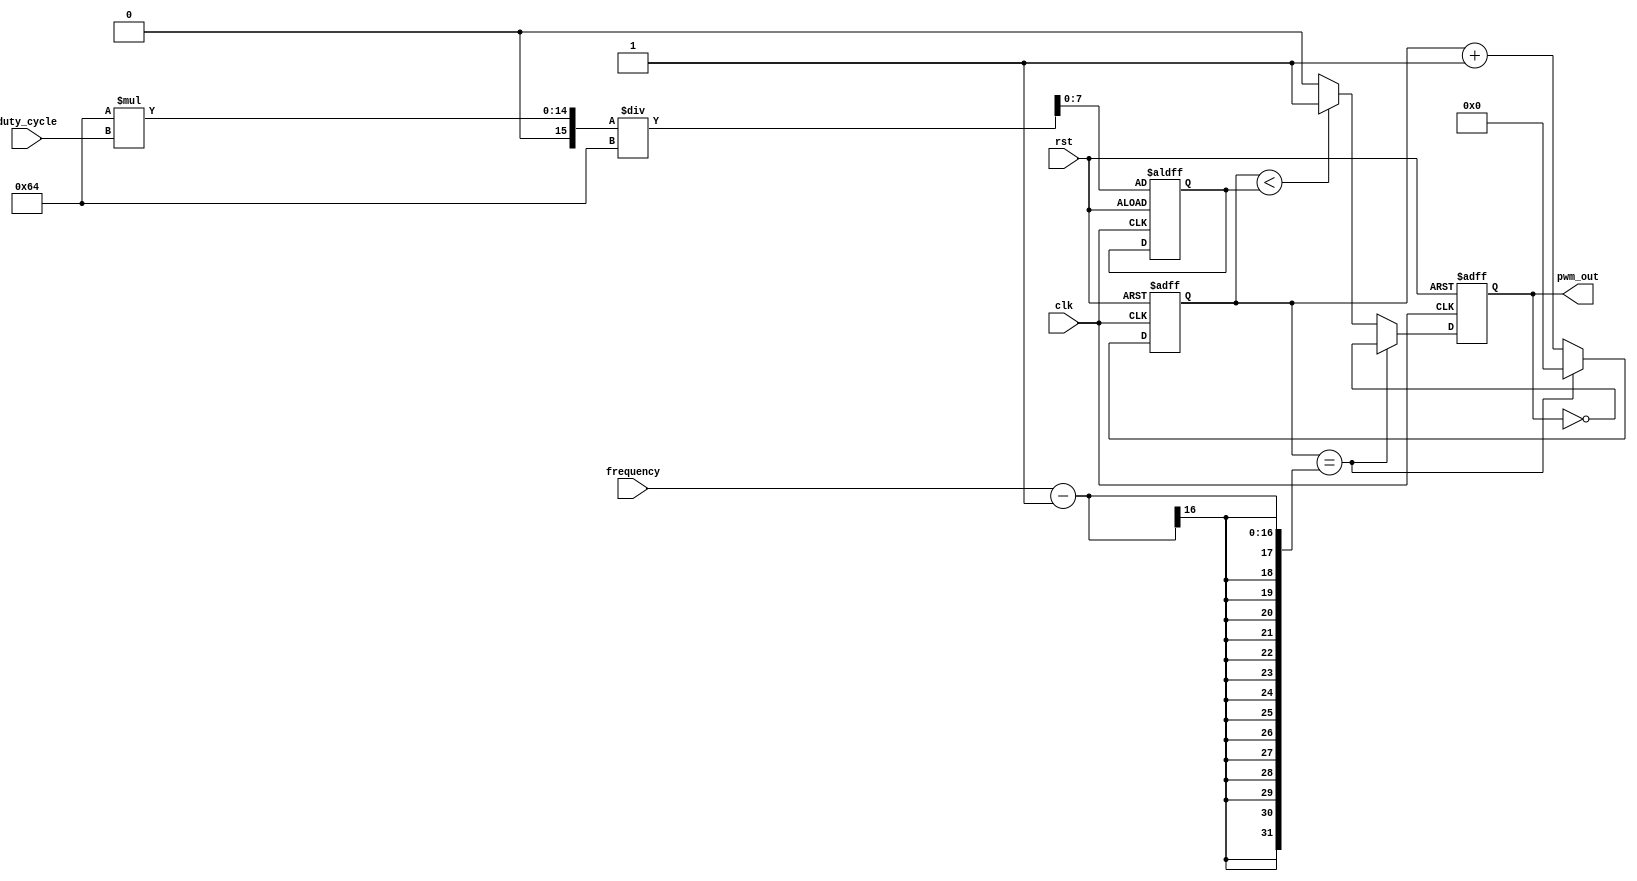
module PWM_gen (
    input wire clk,
    input wire rst,
    input wire [7:0] duty_cycle, // Duty cycle in percentage
    input wire [15:0] frequency, // PWM frequency
    output reg pwm_out
);

reg [15:0] counter;
reg [7:0] threshold;

always @ (posedge clk or posedge rst) begin
    if (rst) begin
        counter <= 16'd0;
        threshold <= (16'd100 * duty_cycle) / 8'd100;
        pwm_out <= 1'b0;
    end else begin
        if (counter == frequency - 1) begin
            counter <= 16'd0;
            pwm_out <= ~pwm_out; // Toggle the PWM signal
        end else begin
            counter <= counter + 1;
            if (counter < threshold) begin
                pwm_out <= 1'b1;
            end else begin
                pwm_out <= 1'b0;
            end
        end
    end
end

endmodule